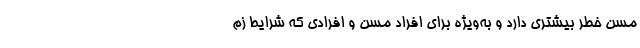
مسن خطر بیشتری دارد و به‌ویژه برای افراد مسن و افرادی که شرایط زم